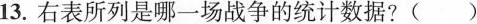
13.右表所列是哪一场战争的统计数据?()